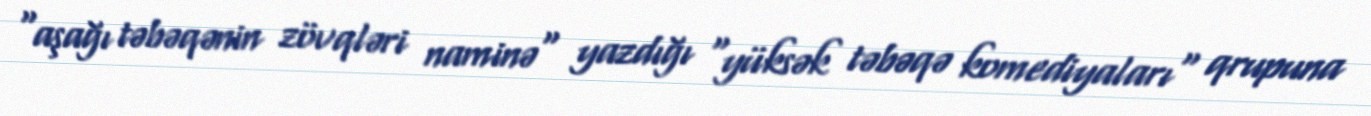
"aşağı təbəqənin zövqləri naminə" yazdığı "yüksək təbəqə komediyaları" qrupuna